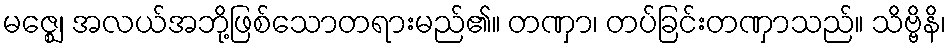
မဇ္ဈေ၊ အလယ်အဘို့ဖြစ်သောတရားမည်၏။ တဏှာ၊ တပ်ခြင်းတဏှာသည်။ သိဗ္ဗိနိ၊